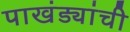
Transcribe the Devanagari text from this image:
पाखंड्यांची